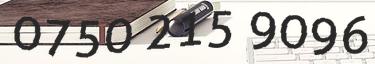
0750 215 9096